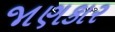
જાણકાર